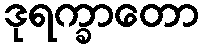
ဒုရက္ခာတော